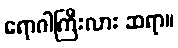
ရောဂါကြီးလား ဆရာ။